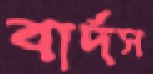
বার্দস